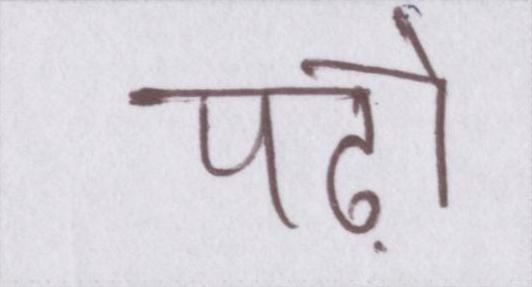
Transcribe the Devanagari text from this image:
पढ़ो